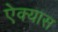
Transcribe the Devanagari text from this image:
ऐक्यास